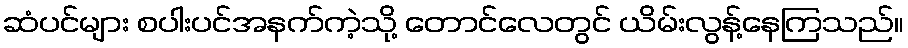
ဆံပင်များ စပါးပင်အနက်ကဲ့သို့ တောင်လေတွင် ယိမ်းလွန့်နေကြသည်။